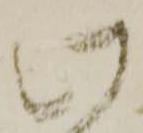
此